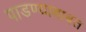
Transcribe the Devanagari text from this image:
पाडण्याबाबत